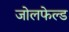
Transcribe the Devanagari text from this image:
जोलफेल्ड